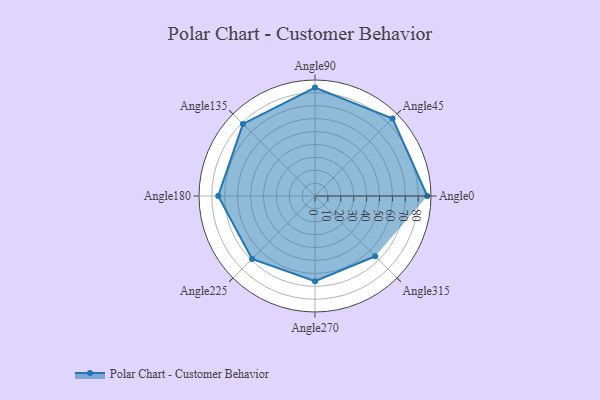
{"axis": {"x": "Angle", "y": "Radius"}, "legend": [""], "data": [{"x": "Angle0", "y": 87.0, "type": ""}, {"x": "Angle45", "y": 85.0, "type": ""}, {"x": "Angle90", "y": 84.0, "type": ""}, {"x": "Angle135", "y": 79.0, "type": ""}, {"x": "Angle180", "y": 75.0, "type": ""}, {"x": "Angle225", "y": 69.0, "type": ""}, {"x": "Angle270", "y": 66.0, "type": ""}, {"x": "Angle315", "y": 66.0, "type": ""}]}